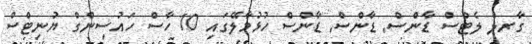
ގާރލް ލެޓްސް ޑާންސް